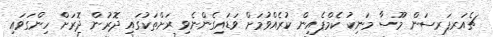
ޗެއަރޕަރސަން މޫސާ މަނިކު ކެމްޕެއިން ކުރެއްވުމަށް ވަޑައިގެންނެވި ރަށްތަކުގައި ދޮރުން ދޮރަށް ހިންގަވައި